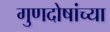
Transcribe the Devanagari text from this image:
गुणदोषांच्या